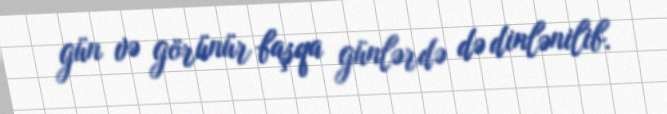
gün və görünür başqa günlərdə də dinlənilib.